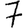
Digit: 7